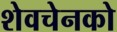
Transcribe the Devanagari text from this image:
शेवचेनको